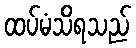
ထပ်မံသိရသည်